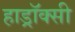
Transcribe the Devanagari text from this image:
हाड्रॉक्सी